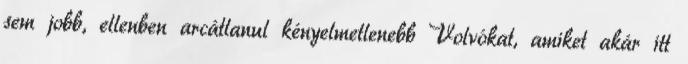
sem jobb, ellenben arcátlanul kényelmetlenebb Volvókat, amiket akár itt